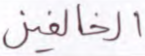
الخالفين